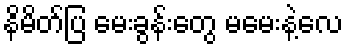
နိမိတ်ပြ မေးခွန်းတွေ မမေးနဲ့လေ